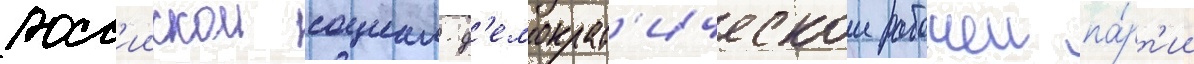
росс'иискои социал-д'емократ'ическои рабочеи па́рт'ии